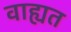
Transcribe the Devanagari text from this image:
वाह्यत